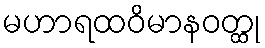
မဟာရထဝိမာနဝတ္ထု